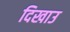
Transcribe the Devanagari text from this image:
दिखाउ